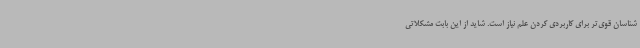
شناسان قوی‌تر برای کاربردی کردن علم نیاز است. شاید از این بابت مشکلاتی